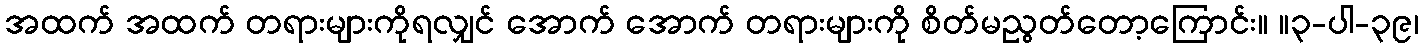
အထက် အထက် တရားများကိုရလျှင် အောက် အောက် တရားများကို စိတ်မညွတ်တော့ကြောင်း။ ။၃-ပါ-၃၉၊